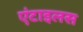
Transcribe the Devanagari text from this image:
एंटाइलस